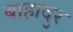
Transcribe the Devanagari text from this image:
बाहादुर